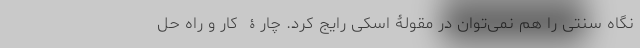
نگاه سنتی را هم نمی‌توان در مقولۀ اسکی رایج کرد. چارۀ کار و راه حل